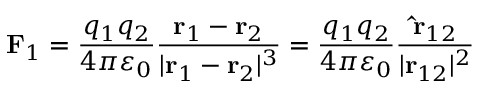
\mathbf { F } _ { 1 } = { \frac { q _ { 1 } q _ { 2 } } { 4 \pi \varepsilon _ { 0 } } } { \frac { \mathbf { r } _ { 1 } - \mathbf { r } _ { 2 } } { | \mathbf { r } _ { 1 } - \mathbf { r } _ { 2 } | ^ { 3 } } } = { \frac { q _ { 1 } q _ { 2 } } { 4 \pi \varepsilon _ { 0 } } } { \frac { \mathbf { \hat { r } } _ { 1 2 } } { | \mathbf { r } _ { 1 2 } | ^ { 2 } } }